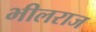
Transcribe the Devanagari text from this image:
भीलराज